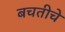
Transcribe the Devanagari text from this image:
बचतीचे